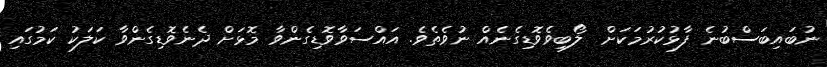
ނުބައިބަސްބުނެ ފާޅުކުރުމަކަށް  ލޯބިވެވޮޑިގެނެއް ނުވެތެވެ. އައްސަވާވޮޑިގެންވާ މޮޅަށް ދެނެވޮޑިގެންވާ ކަލަކު ކަމުގައި